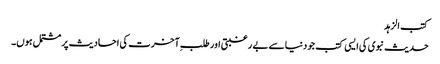
کتب الزہد
حدیث نبوی کی ایسی کتب جو دنیا سے بے رغبتی اور طلبِ آخرت کی احادیث پر مشتمل ہوں۔